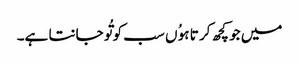
میں جو کچھ کر تا ہوُ ں سب کو تُو جانتا ہے۔